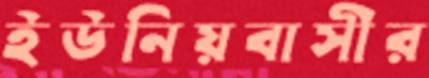
ইউনিয়বাসীর